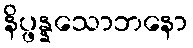
နိပ္ဖန္နသောဘနော